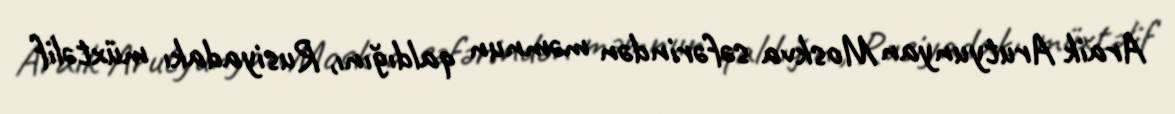
Araik Arutyunyan Moskva səfərindən məmnun qaldığını, Rusiyadakı müxtəlif